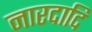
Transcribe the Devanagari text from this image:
नारदादि